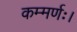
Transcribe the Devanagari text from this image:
कम्मर्णः।